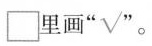
\Box 里画”√”。